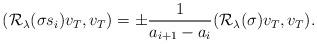
LaTeX: \begin{align*}(\mathcal{R}_\lambda(\sigma s_i)v_T,v_T)=\pm\frac{1}{a_{i+1}-a_{i}}(\mathcal{R}_\lambda(\sigma) v_T,v_T).\end{align*}